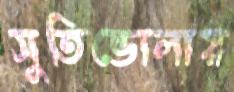
সুতিভোলায়